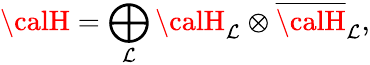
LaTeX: {\calH}=\bigoplus_{\mathcal{L}}{\calH}_{\mathcal{L}}\otimes\overline{{{{\calH}}}}_{\mathcal{L}},